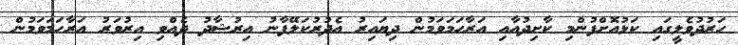
ހަރުދުވެލީގައި ކަޅުއޮށްފުންމި ކާށިދުއާއި އަރާހަމަވަމުން ދިޔައިރު އެދުރުކަލޭފާނު އިރުޝާދު ދެއްވި އިރުވަރު އަރާހަމަވަމުން